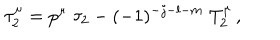
\tau _ { 2 } ^ { \mu } = p ^ { \mu } \; \tau _ { 2 } - ( - 1 ) ^ { - j - l - m } \; T _ { 2 } ^ { \mu } \, ,